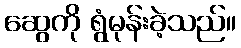
ဆွေကို ရွံမုန်းခဲ့သည်။